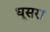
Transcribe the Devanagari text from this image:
धूसरा